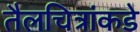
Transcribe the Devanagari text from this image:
तैलचित्रांकडे